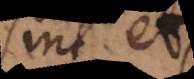
sint et